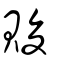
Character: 賐